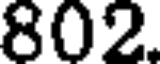
802.